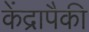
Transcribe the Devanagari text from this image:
केंद्रापैकी